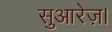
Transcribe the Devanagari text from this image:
सुआरेज़।